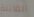
القاتلة